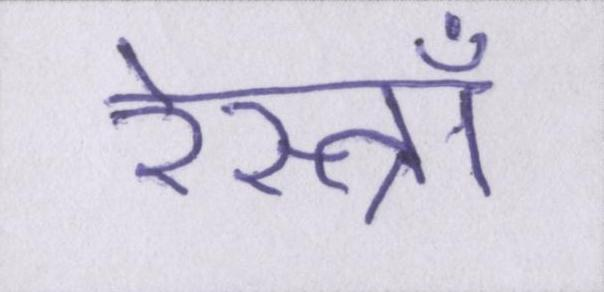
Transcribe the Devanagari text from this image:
रेस्त्राँ